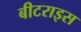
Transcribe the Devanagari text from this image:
बीटराइस